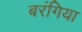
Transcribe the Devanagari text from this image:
बरंगिया